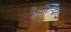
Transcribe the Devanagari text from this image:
लाभावन्वित